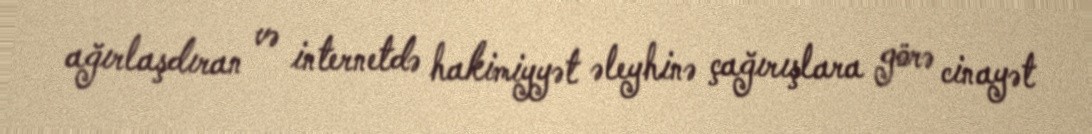
ağırlaşdıran və internetdə hakimiyyət əleyhinə çağırışlara görə cinayət